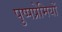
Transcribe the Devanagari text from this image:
पुष्पप्रेमियों